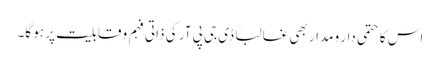
اس کا حتمی دار و مدار بھی غالباً ڈی جی پی آر کی ذاتی فہم و قابلیت پر ہو گا۔